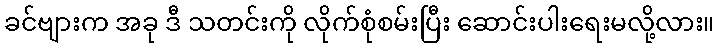
ခင်ဗျားက အခု ဒီ သတင်းကို လိုက်စုံစမ်းပြီး ဆောင်းပါးရေးမလို့လား။